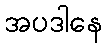
အပဒါနေ